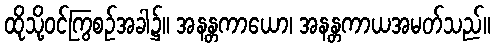
ထိုသို့ဝင်ကြွစဉ်အခါ၌။ အနန္တကာယော၊ အနန္တကာယအမတ်သည်။